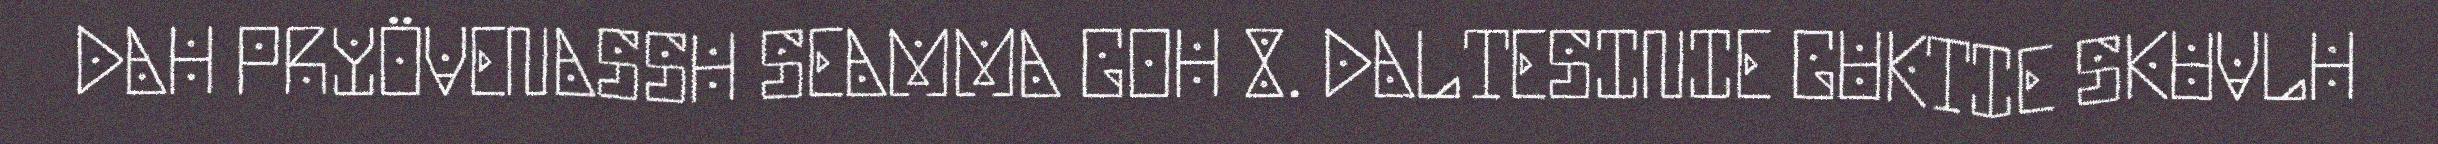
DAH PRYÖVENASSH SEAMMA GOH 8. DALTESINIE GUKTIE SKUVLH